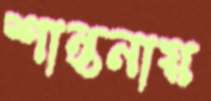
শান্তনায়